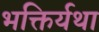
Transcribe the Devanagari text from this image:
भक्तिर्यथा